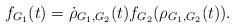
LaTeX: \begin{align*}f_{G_1}(t)=\dot{\rho}_{G_1,G_2}(t)f_{G_2}(\rho_{G_1,G_2}(t)).\end{align*}